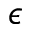
\epsilon